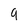
Character: 9